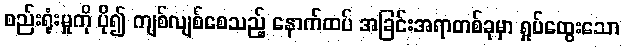
စည်းရုံးမှုကို ပို၍ ကျစ်လျစ်စေသည့် နောက်ထပ် အခြင်းအရာတစ်ခုမှာ ရှုပ်ထွေးသော